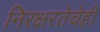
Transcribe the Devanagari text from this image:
निरक्षरतेचेही